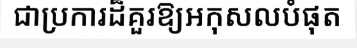
ជាប្រការដ៏គួរឱ្យអកុសលបំផុត